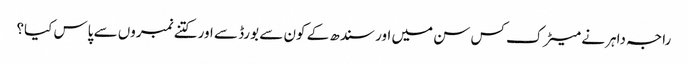
راجہ داہر نے میٹرک کس سن میں اور سندھ کے کون سے بورڈ سے اور کتنے نمبروں سے پاس کیا؟